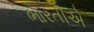
ભારતીએ